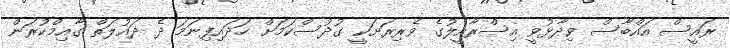
ރައީސް އައްބާސް ވިދާޅުވީ އިސްރާއީލުގެ ވެރިރަށަކީ ގުދުސްކަމަށް ހަދައިފިނަމަ ދެ ދައުލަތް ގާއިމްކުރަން